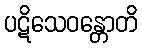
ပဋိသေဝန္တောတိ